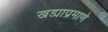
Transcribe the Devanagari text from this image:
खड्याप्रमाणे